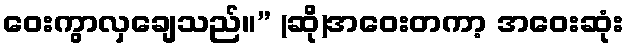
ဝေးကွာလှချေသည်။” (ဆို)အဝေးတကာ့ အဝေးဆုံး